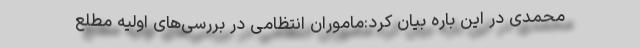
محمدی در این باره بیان کرد:ماموران انتظامی در بررسی‌های اولیه مطلع